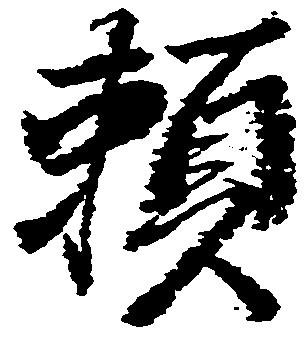
頼